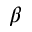
\beta